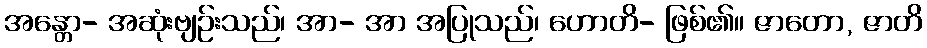
အန္တော- အဆုံးဗျဉ်းသည်၊ အာ- အာ အပြုသည်၊ ဟောတိ- ဖြစ်၏။ ဇာတော, ဇာတိ